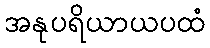
အနုပရိယာယပထံ